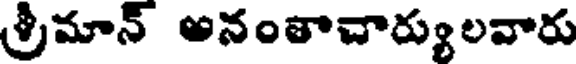
శ్రీమాన్ అనంతాచార్యులవారు